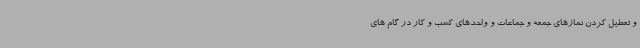
و تعطیل کردن نمازهای جمعه و جماعات و واحدهای کسب و کار در گام های